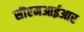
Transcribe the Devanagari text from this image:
सीएमआईआर